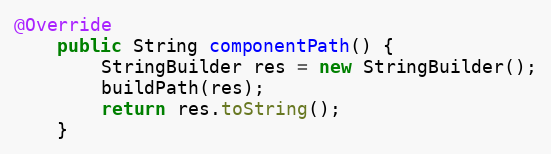
Language: Java
@Override
    public String componentPath() {
        StringBuilder res = new StringBuilder();
        buildPath(res);
        return res.toString();
    }